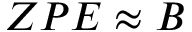
Z P E \approx B